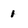
Character: 1